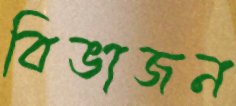
বিভাজন